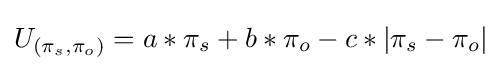
U_{(\pi _{s},\pi _{o})}=a*\pi _{s}+b*\pi _{o}-c*|\pi _{s}-\pi _{o}|